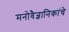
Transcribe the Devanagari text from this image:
मनोवैज्ञानिकांचे